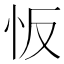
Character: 㤆